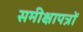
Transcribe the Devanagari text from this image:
समीक्षापत्रों